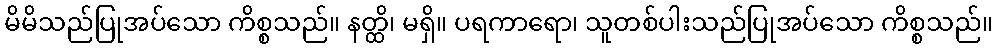
မိမိသည်ပြုအပ်သော ကိစ္စသည်။ နတ္ထိ၊ မရှိ။ ပရကာရော၊ သူတစ်ပါးသည်ပြုအပ်သော ကိစ္စသည်။